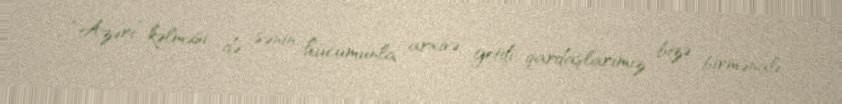
“Azəri” kəlməsi də sənin hücumunla arxivə getdi, qardaşlarımız bizə birmənalı